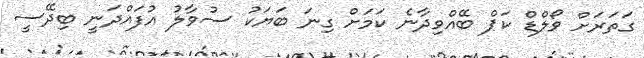
ގަތަރަށް ވޯލްޑް ކަޕް ބޭއްވިދާނެ ކަމަށް ގިނަ ބަޔަކު ސުވާލު އުފައްދަނީ ބިދޭސީ